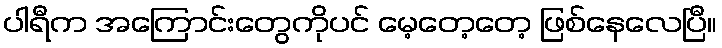
ပါရီက အကြောင်းတွေကိုပင် မေ့တေ့တေ့ ဖြစ်နေလေပြီ။